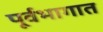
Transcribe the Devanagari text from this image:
पूर्वभागात